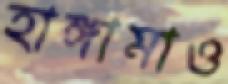
হাঙ্গামাও